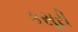
કસૂરી